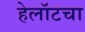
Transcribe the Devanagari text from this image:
हेलॉटचा